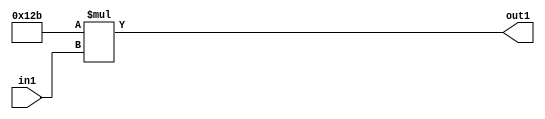
`timescale 1ps / 1ps
/*****************************************************************************
    Verilog RTL Description
    
    
    Created by: Stratus DpOpt 2019.1.01 
*******************************************************************************/

module SobelFilter_Mul2i299u8_4 (
	in1,
	out1
	); /* architecture "behavioural" */ 
input [7:0] in1;
output [16:0] out1;
wire [16:0] asc001;

assign asc001 = 
	+(17'B00000000100101011 * in1);

assign out1 = asc001;
endmodule

/* CADENCE  urn2Sg0= : u9/ySgnWtBlWxVPRXgAZ4Og= ** DO NOT EDIT THIS LINE ******/